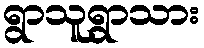
ရွာသူရွာသား